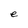
Character: e